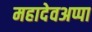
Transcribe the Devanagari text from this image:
महादेवअप्पा